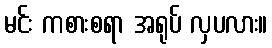
မင်း ကစားစရာ အရုပ် လှပလား။